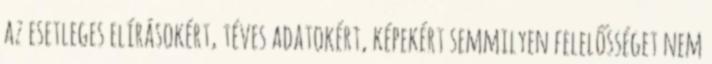
az esetleges elírásokért, téves adatokért, képekért semmilyen felelősséget nem